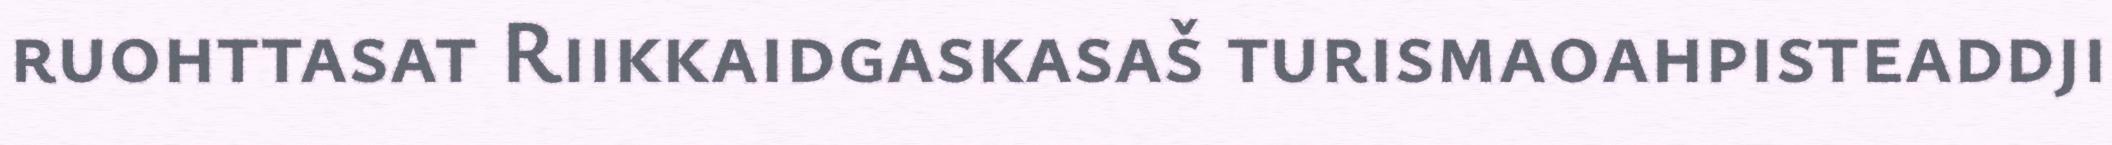
ruohttasat Riikkaidgaskasaš turismaoahpisteaddji